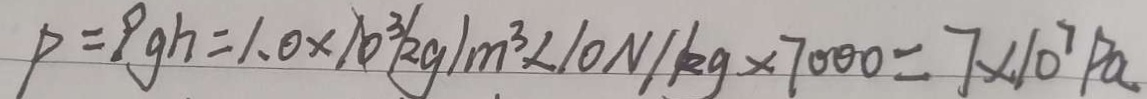
p = 9 g h = 1 . 0 \times 1 0 ^ { 3 } k g / m ^ { 3 } \times 1 1 0 N / k g \times 7 0 0 0 = 7 \times 1 0 ^ { 7 } / P a